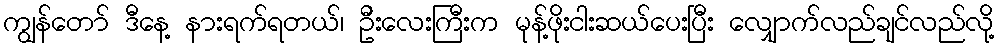
ကျွန်တော် ဒီနေ့ နားရက်ရတယ်၊ ဦးလေးကြီးက မုန့်ဖိုးငါးဆယ်ပေးပြီး လျှောက်လည်ချင်လည်လို့